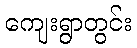
ကျေးရွာတွင်း